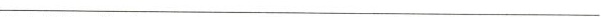
___